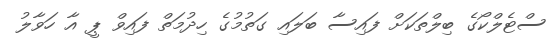
ސްޓެލްކޯގެ ބިލްތަކަށް ފައިސާ ބަލައި ގަތުމުގެ ހިދުމަތް ފައިވް ޕީ އާ ހަވާލު